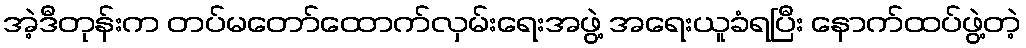
အဲ့ဒီတုန်းက တပ်မတော်ထောက်လှမ်းရေးအဖွဲ့ အရေးယူခံရပြီး နောက်ထပ်ဖွဲ့တဲ့